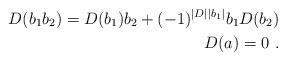
LaTeX: \begin{align*}D(b_1b_2)=D(b_1)b_2+(-1)^{|D||b_1|}b_1D(b_2)\\D(a)=0\ .\end{align*}